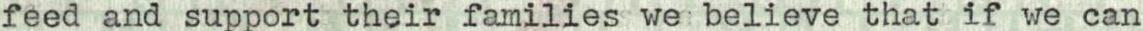
feed and support their families we believe that if we can